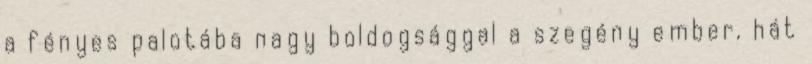
a fényes palotába nagy boldogsággal a szegény ember, hát